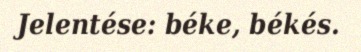
Jelentése: béke, békés.